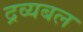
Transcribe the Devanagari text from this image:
द्रव्यबल